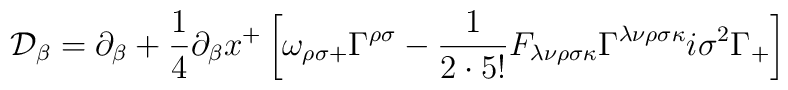
\mathcal{D}_\beta = \partial_\beta + \frac{1}{4} \partial_{\beta} x^+ \left[    \omega_{\rho \sigma +} \Gamma^{\rho \sigma}          - \frac{1}{2 \cdot 5!} F_{\lambda \nu \rho \sigma \kappa}          \Gamma^{\lambda \nu \rho \sigma \kappa} i\sigma^2 \Gamma_+   \right]